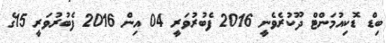
ބިޑް ޑޮކިއުމަންޓް ދޫކުރެވެނީ 2016 ފެބުރުވަރީ 04 އިން 2016 ފެބުރުވަރީ 15ގެ